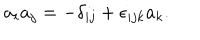
LaTeX: a _ { i } a _ { j } = - \delta _ { i j } + \epsilon _ { i j k } a _ { k } .